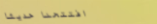
افتتحنا حديثاً